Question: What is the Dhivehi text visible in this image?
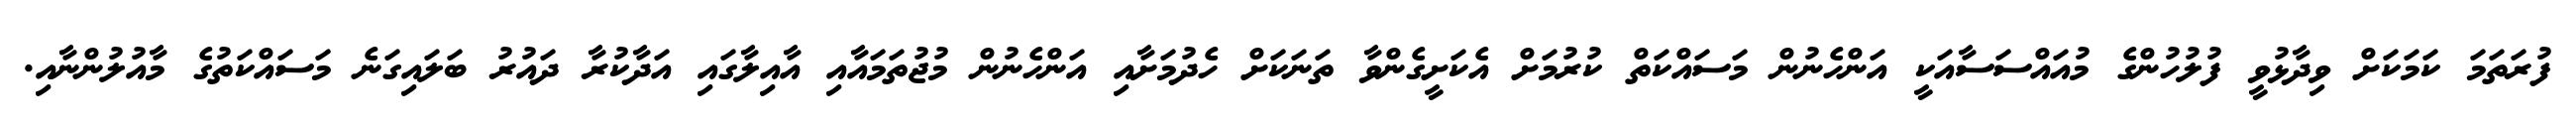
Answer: ފުރަތަމަ ކަމަކަށް ވިދާޅުވީ ފުލުހުންގެ މުއައްސަސާއަކީ އަންހެނުން މަސައްކަތް ކުރުމަށް އެކަށީގެންވާ ތަނަކަށް ހެދުމަށާއި އަންހެނުން މުޖުތަމައާއި އާއިލާގައި އަދާކުރާ ދައުރު ބަލައިގަނެ މަސައްކަތުގެ މާއުލުންނާއި.